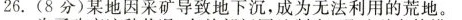
26.(8分)某地因采矿导致地下沉，成为无法利用的荒地。